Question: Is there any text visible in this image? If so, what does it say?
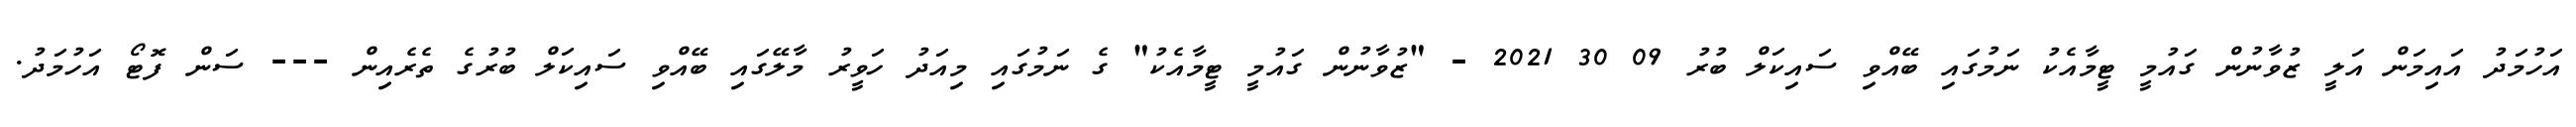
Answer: އަހުމަދު އައިމަން އަލީ ޒުވާނުން ގައުމީ ޓީމާއެކު ނަމުގައި ބޭއްވި ސައިކަލް ބުރު 09 30 2021 - "ޒުވާނުން ގައުމީ ޓީމާއެކު" ގެ ނަމުގައި މިއަދު ހަވީރު މާލޭގައި ބޭއްވި ސައިކަލް ބުރުގެ ތެރެއިން --- ސަން ފޮޓޯ އަހުމަދު.